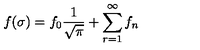
f ( \sigma ) = f _ { 0 } \frac { 1 } { \sqrt { \pi } } + \sum _ { r = 1 } ^ { \infty } f _ { n }